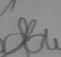
Signature authenticity: forged